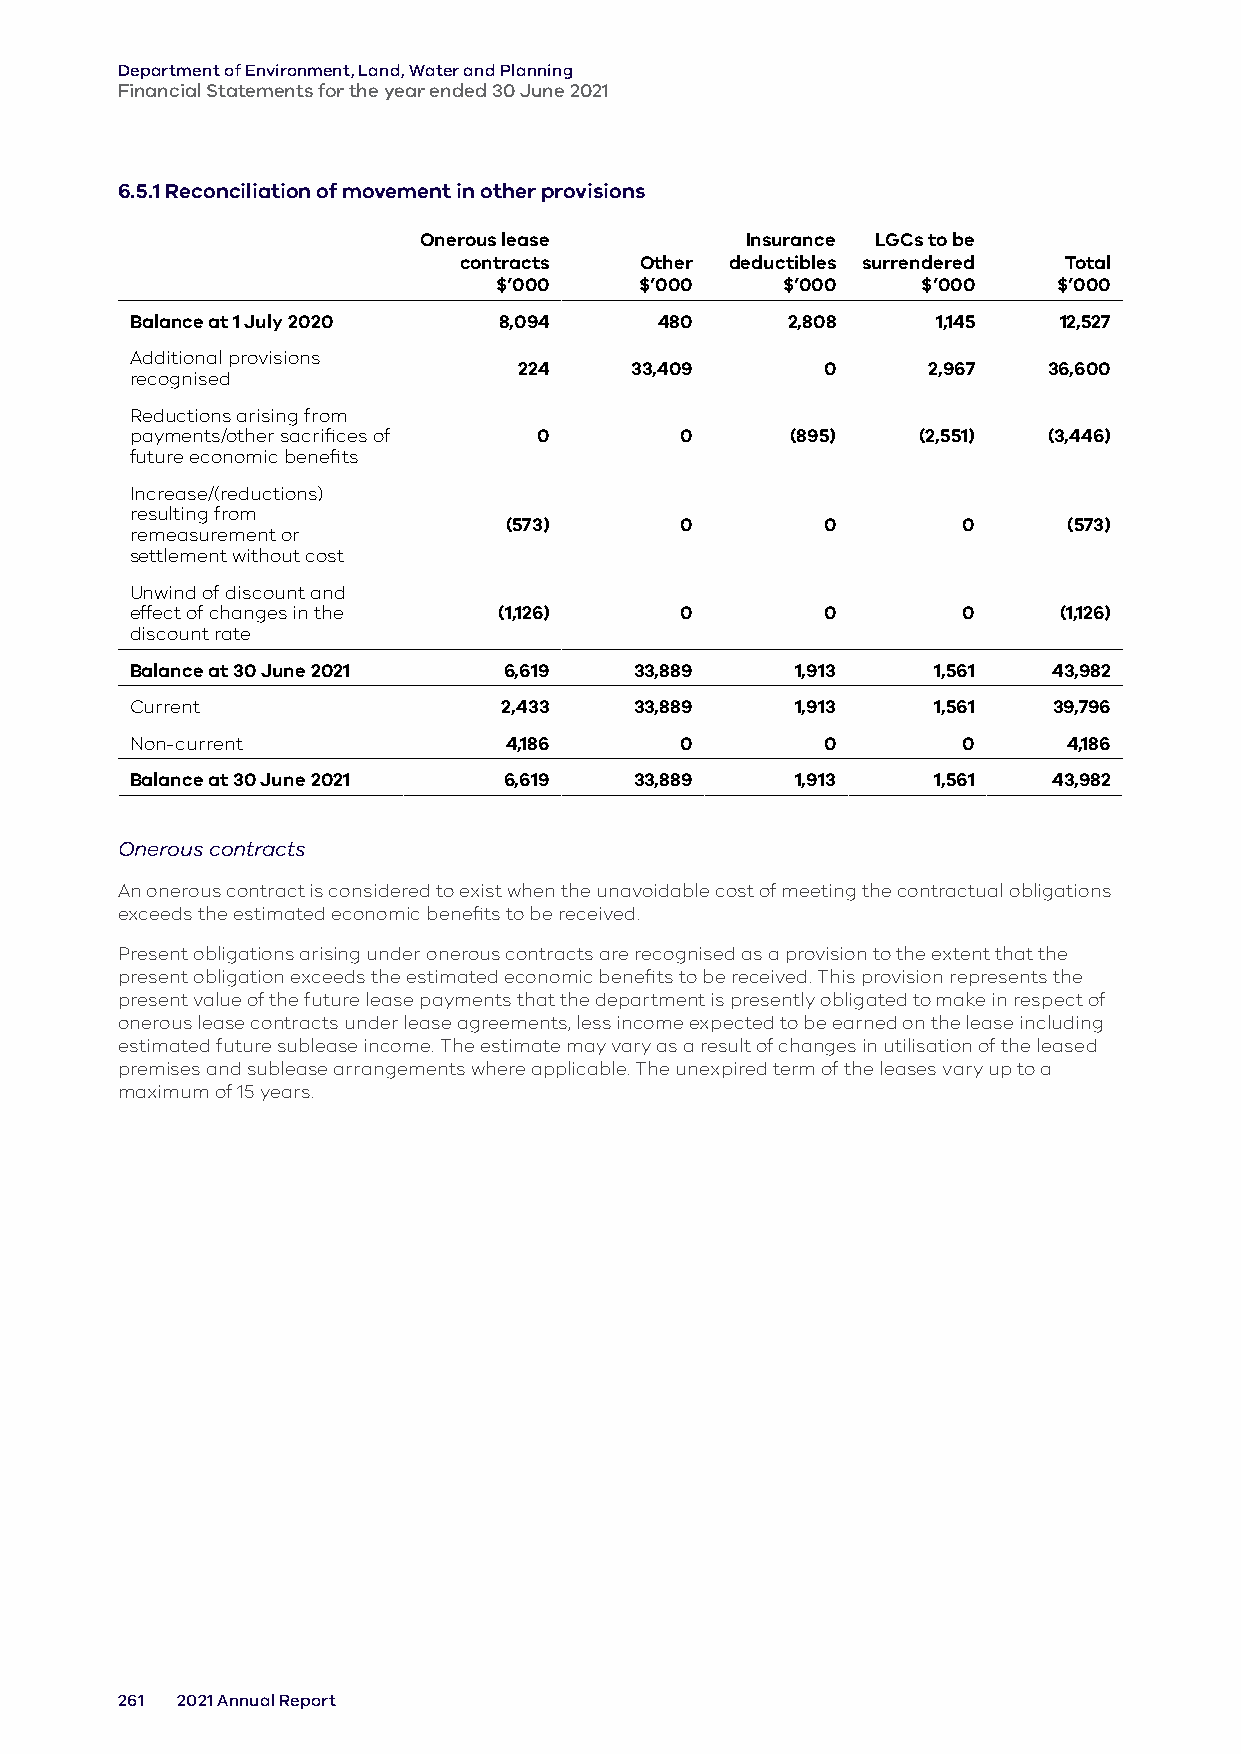
Department of Environment, Land, Water and Planning
 Financial Statements for the year ended 30 June 2021
 6.5.1 Reconciliation of movement in other provisions
 Onerous lease        Insurance LGCs to be
 contracts   Other deductibles surrendered Total
 $’000    $’000     $’000    $’000    $’000
 Balance at 1 July 2020  8,094      480     2,808     1,145   12,527
 Additional provisions
 224     33,409       0     2,967   36,600
 recognised
 Reductions arising from
 payments/other sacrifices of 0      0      (895)    (2,551) (3,446)
 future economic benefits
 Increase/(reductions)
 resulting from
 (573)       0        0         0      (573)
 remeasurement or
 settlement without cost
 Unwind of discount and
 effect of changes in the (1,126)    0        0         0     (1,126)
 discount rate
 Balance at 30 June 2021 6,619    33,889     1,913    1,561   43,982
 Current                 2,433    33,889     1,913    1,561   39,796
 Non-current             4,186       0        0         0      4,186
 Balance at 30 June 2021 6,619    33,889     1,913    1,561   43,982
 Onerous contracts
 An onerous contract is considered to exist when the unavoidable cost of meeting the contractual obligations
 exceeds the estimated economic benefits to be received.
 Present obligations arising under onerous contracts are recognised as a provision to the extent that the
 present obligation exceeds the estimated economic benefits to be received. This provision represents the
 present value of the future lease payments that the department is presently obligated to make in respect of
 onerous lease contracts under lease agreements, less income expected to be earned on the lease including
 estimated future sublease income. The estimate may vary as a result of changes in utilisation of the leased
 premises and sublease arrangements where applicable. The unexpired term of the leases vary up to a
 maximum of 15 years.
 261 2021 Annual Report